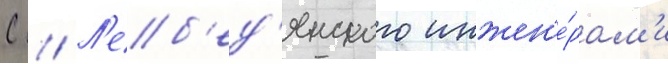
С // Л'еб'ед'янского инжен'е́рам'и